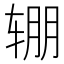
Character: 𰺏